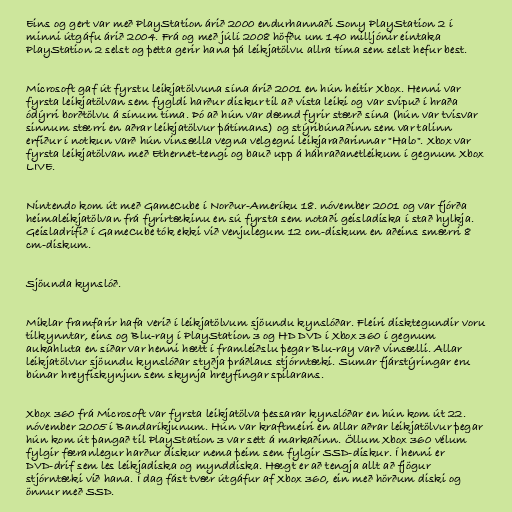
Eins og gert var með PlayStation árið 2000 endurhannaði Sony PlayStation 2 í
minni útgáfu árið 2004. Frá og með júlí 2008 höfðu um 140 milljónir eintaka
PlayStation 2 selst og þetta gerir hana þá leikjatölvu allra tíma sem selst hefur best.

Microsoft gaf út fyrstu leikjatölvuna sína árið 2001 en hún heitir Xbox. Henni var
fyrsta leikjatölvan sem fygldi harður diskur til að vista leiki og var svipuð í hraða
ódýrri borðtölvu á sínum tíma. Þó að hún var dæmd fyrir stærð sína (hún var tvisvar
sinnum stærri en aðrar leikjatölvur þátímans) og stýribúnaðinn sem var talinn
erfiður í notkun varð hún vinsælla vegna velgegni leikjaraðarinnar "Halo". Xbox var
fyrsta leikjatölvan með Ethernet-tengi og bauð upp á háhraðanetleikum í gegnum Xbox
LIVE.

Nintendo kom út með GameCube í Norður-Ameríku 18. nóvember 2001 og var fjórða
heimaleikjatölvan frá fyrirtækinu en sú fyrsta sem notaði geisladiska í stað hylkja.
Geisladrifið í GameCube tók ekki við venjulegum 12 cm-diskum en aðeins smærri 8
cm-diskum.

Sjöunda kynslóð.

Miklar framfarir hafa verið í leikjatölvum sjöundu kynslóðar. Fleiri disktegundir voru
tilkynntar, eins og Blu-ray í PlayStation 3 og HD DVD í Xbox 360 í gegnum
aukahluta en síðar var henni hætt í framleiðslu þegar Blu-ray varð vinsælli. Allar
leikjatölvur sjöundu kynslóðar styðja þráðlaus stjórntæki. Sumar fjárstýringar eru
búnar hreyfiskynjun sem skynja hreyfingar spilarans.

Xbox 360 frá Microsoft var fyrsta leikjatölva þessarar kynslóðar en hún kom út 22.
nóvember 2005 í Bandaríkjunum. Hún var kraftmeiri en allar aðrar leikjatölvur þegar
hún kom út þangað til PlayStation 3 var sett á markaðinn. Öllum Xbox 360 vélum
fylgir færanlegur harður diskur nema þeim sem fylgir SSD-diskur. Í henni er
DVD-drif sem les leikjadiska og mynddiska. Hægt er að tengja allt að fjögur
stjórntæki við hana. Í dag fást tvær útgáfur af Xbox 360, ein með hörðum diski og
önnur með SSD.